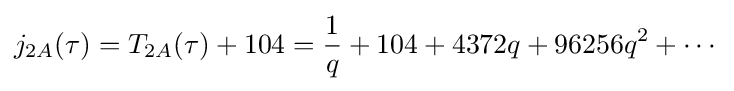
j_{2A}(\tau )=T_{2A}(\tau )+104={\frac {1}{q}}+104+4372q+96256q^{2}+\cdots